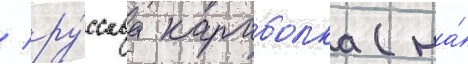
/ ру́сскаа караболка (на́